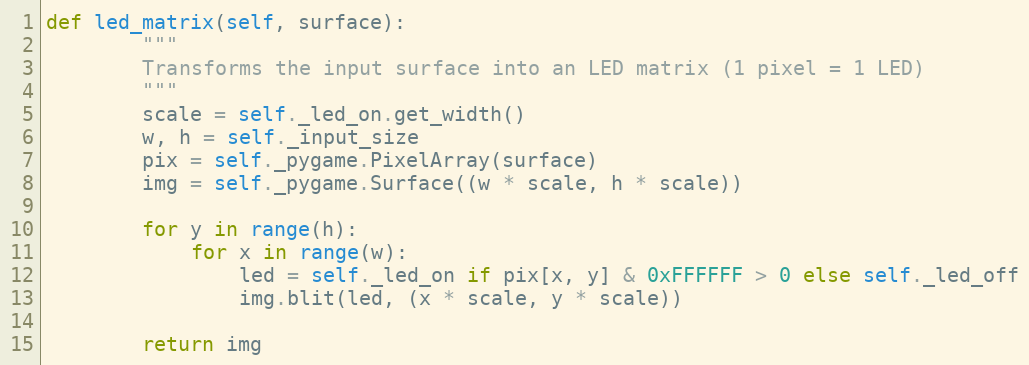
Language: Python
def led_matrix(self, surface):
        """
        Transforms the input surface into an LED matrix (1 pixel = 1 LED)
        """
        scale = self._led_on.get_width()
        w, h = self._input_size
        pix = self._pygame.PixelArray(surface)
        img = self._pygame.Surface((w * scale, h * scale))

        for y in range(h):
            for x in range(w):
                led = self._led_on if pix[x, y] & 0xFFFFFF > 0 else self._led_off
                img.blit(led, (x * scale, y * scale))

        return img